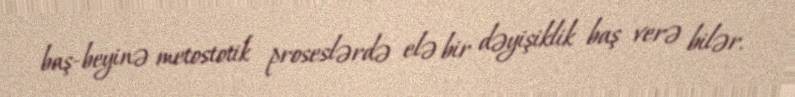
baş-beyinə metostotik proseslərdə elə bir dəyişiklik baş verə bilər.